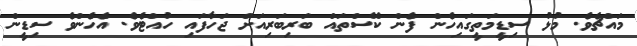
މައްޗެވެ. މުޅު ސިޑީމަތީގައިހެން ފެން ކޭސްތައް ބަރިބަރިއަށް ޖަހާފައި ހުއްޓެވެ. އެހެންވެ ސިޑީން